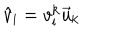
LaTeX: \hat { v } _ { \mathrm { i } } = v _ { \mathrm { i } } ^ { \mathrm { k } } \vec { u } _ { \mathrm { k } }